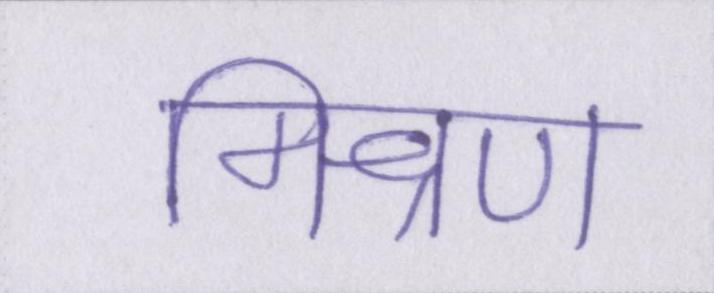
मिश्रण